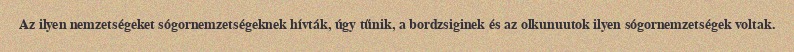
Az ilyen nemzetségeket sógornemzetségeknek hívták, úgy tűnik, a bordzsiginek és az olkunuutok ilyen sógornemzetségek voltak.